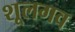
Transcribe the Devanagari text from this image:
शूलगव